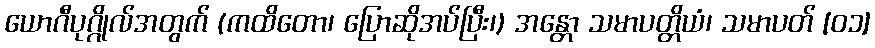
ယောဂီပုဂ္ဂိုလ်အတွက် (ကထိတော၊ ပြောဆိုအပ်ပြီး၊) အန္တော သမာပတ္တိယံ၊ သမာပတ် [၀၁]